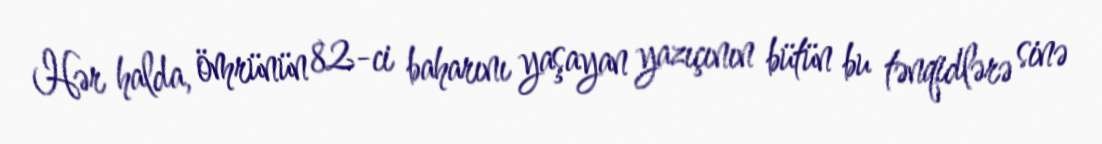
Hər halda, ömrünün 82-ci baharını yaşayan yazıçının bütün bu tənqidlərə sinə